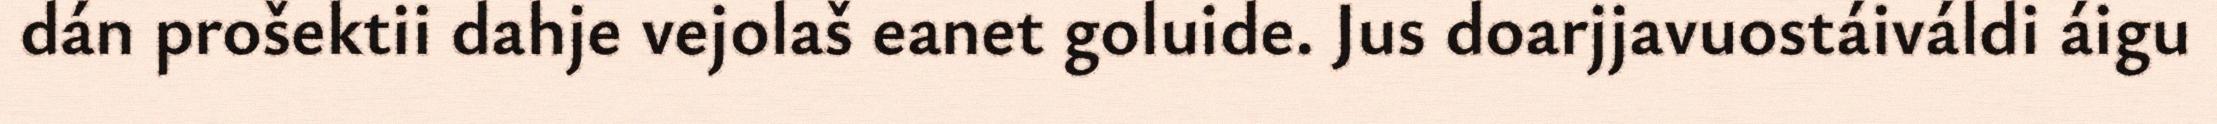
dán prošektii dahje vejolaš eanet goluide. Jus doarjjavuostáiváldi áigu